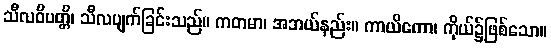
သီလဝိပတ္တိ၊ သီလပျက်ခြင်းသည်။ ကတမာ၊ အဘယ်နည်း။ ကာယိကော၊ ကိုယ်၌ဖြစ်သော။